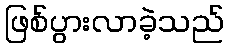
ဖြစ်ပွားလာခဲ့သည်